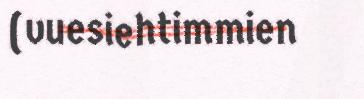
(vuesiehtimmien